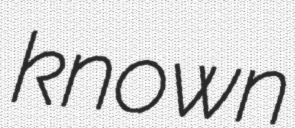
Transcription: known